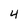
Character: 4